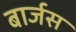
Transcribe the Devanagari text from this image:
बार्जस